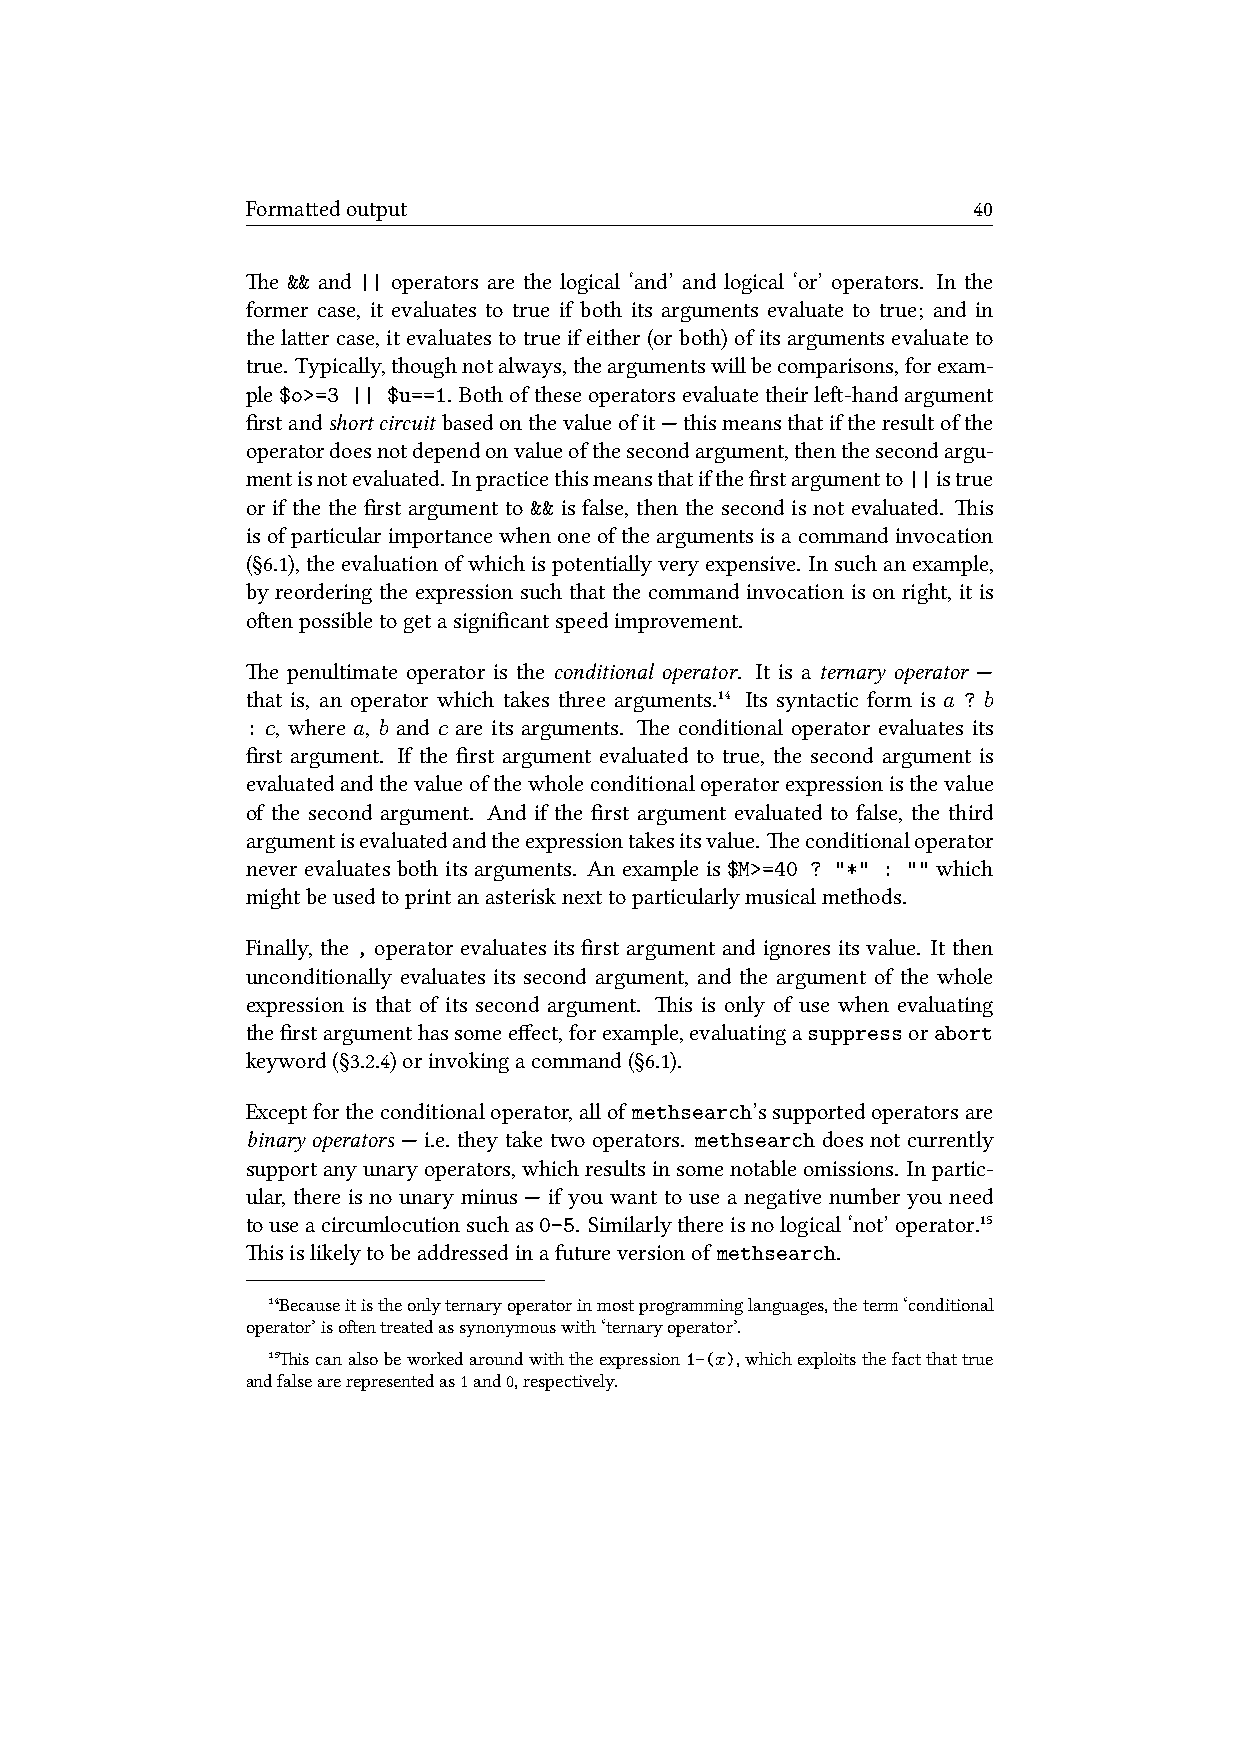
Formaedoutput                                  40
 e && and || operators are the logical ‘and’ and logical ‘or’ operators. In the
 former case, it evaluates to true if both its arguments evaluate to true; and in
 thelaercase,itevaluatestotrueifeither(orboth)ofitsargumentsevaluateto
 true. Typically,thoughnotalways,theargumentswillbecomparisons,forexam-
 ple$o>=3 || $u==1. Bothoftheseoperatorsevaluatetheirle-handargument
 firstandshortcircuit basedonthevalueofit—thismeansthatiftheresultofthe
 operatordoesnotdependonvalueofthesecondargument,thenthesecondargu-
 mentisnotevaluated. Inpracticethismeansthatifthefirstargumentto||istrue
 or if the the first argument to && is false, then the second is not evaluated. is
 isofparticularimportancewhenoneoftheargumentsisacommandinvocation
 (§6.1),theevaluationofwhichispotentiallyveryexpensive. Insuchanexample,
 by reordering the expression such that the command invocation is on right, it is
 oenpossibletogetasignificantspeedimprovement.
 e penultimate operator is the conditional operator. It is a ternary operator —
 that is, an operator which takes three arguments.¹⁴ Its syntactic form is a ? b
 : c, where a, b and c are its arguments. e conditional operator evaluates its
 first argument. If the first argument evaluated to true, the second argument is
 evaluatedandthevalueofthewholeconditionaloperatorexpressionisthevalue
 of the second argument. And if the first argument evaluated to false, the third
 argumentisevaluatedandtheexpressiontakesitsvalue. econditionaloperator
 never evaluates both its arguments. An example is $M>=40 ? "*" : "" which
 mightbeusedtoprintanasterisknexttoparticularlymusicalmethods.
 Finally, the , operator evaluates its first argument and ignores its value. It then
 unconditionally evaluates its second argument, and the argument of the whole
 expression is that of its second argument. is is only of use when evaluating
 thefirstargumenthassomeeffect,forexample,evaluatingasuppressorabort
 keyword(§3.2.4)orinvokingacommand(§6.1).
 Exceptfortheconditionaloperator,allof methsearch’ssupportedoperatorsare
 binary operators — i.e. they take two operators. methsearch does not currently
 supportanyunaryoperators,whichresultsinsomenotableomissions. Inpartic-
 ular, there is no unary minus — if you want to use a negative number you need
 touseacircumlocutionsuchas0-5. Similarlythereisnological‘not’operator.¹⁵
 isislikelytobeaddressedinafutureversionof methsearch.
 ¹⁴Becauseitistheonlyternaryoperatorinmostprogramminglanguages,theterm‘conditional
 operator’isoentreatedassynonymouswith‘ternaryoperator’.
 ¹⁵iscanalsobeworkedaroundwiththeexpression1-(x),whichexploitsthefactthattrue
 andfalsearerepresentedas1and0,respectively.